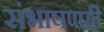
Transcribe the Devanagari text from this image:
संभाषणही